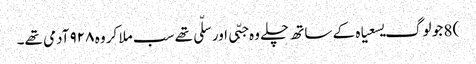
) 8 جو لوگ یسعیاہ کے ساتھ چلے وہ جبّی اور سلّی تھے سب ملا کر وہ ۹۲۸ آدمی تھے۔